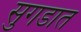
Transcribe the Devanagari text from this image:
सुगडात